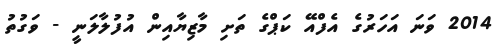
2014 ވަނަ އަހަރުގެ އެފްއޭ ކަޕްގެ ތަށި މާޒިޔާއިން އުފުލާލަނީ - ވަގުތު